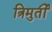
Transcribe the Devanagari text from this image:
त्रिमुर्ती